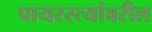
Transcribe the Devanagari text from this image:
पायरस्त्यांवरील